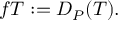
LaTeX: f T : = D _ { P } ( T ) .